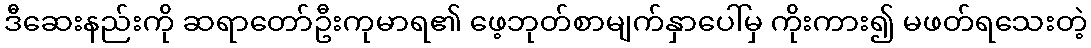
ဒီဆေးနည်းကို ဆရာတော်ဦးကုမာရ၏ ဖေ့ဘုတ်စာမျက်နှာပေါ်မှ ကိုးကား၍ မဖတ်ရသေးတဲ့